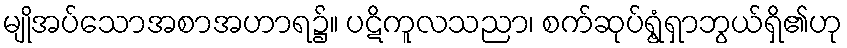
မျိုအပ်သောအစာအဟာရ၌။ ပဋိကူလသညာ၊ စက်ဆုပ်ရွံ့ရှာဘွယ်ရှိ၏ဟု